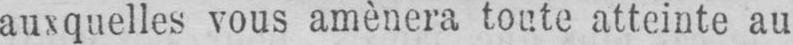
auxquelles vous amènera toute atteinte au